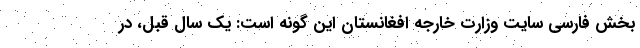
بخش فارسی سایت وزارت خارجه افغانستان این گونه است: یک سال قبل، در